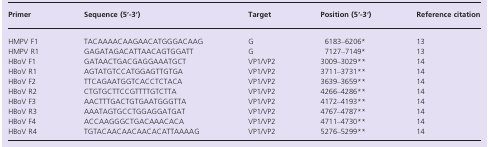
<table><thead><tr><td><b>Primer</b></td><td><b>Sequence (5′-3′)</b></td><td><b>Target</b></td><td><b>Position (5′-3′)</b></td><td><b>Reference citation</b></td></tr></thead><tbody><tr><td>HMPV F1</td><td>TACAAAACAAGAACATGGGACAAG</td><td>G</td><td>6183–6206*</td><td>13</td></tr><tr><td>HMPV R1</td><td>GAGATAGACATTAACAGTGGATT</td><td>G</td><td>7127–7149*</td><td>13</td></tr><tr><td>HBoV F1</td><td>GATAACTGACGAGGAAATGCT</td><td>VP1/VP2</td><td>3009–3029**</td><td>14</td></tr><tr><td>HBoV R1</td><td>AGTATGTCCATGGAGTTGTGA</td><td>VP1/VP2</td><td>3711–3731**</td><td>14</td></tr><tr><td>HBoV F2</td><td>TTCAGAATGGTCACCTCTACA</td><td>VP1/VP2</td><td>3639–3659**</td><td>14</td></tr><tr><td>HBoV R2</td><td>CTGTGCTTCCGTTTTGTCTTA</td><td>VP1/VP2</td><td>4266–4286**</td><td>14</td></tr><tr><td>HBoV F3</td><td>AACTTTGACTGTGAATGGGTTA</td><td>VP1/VP2</td><td>4172–4193**</td><td>14</td></tr><tr><td>HBoV R3</td><td>AAATAGTGCCTGGAGGATGAT</td><td>VP1/VP2</td><td>4767–4787**</td><td>14</td></tr><tr><td>HBoV F4</td><td>ACCAAGGGCTGACAAACACA</td><td>VP1/VP2</td><td>4711–4730**</td><td>14</td></tr><tr><td>HBoV R4</td><td>TGTACAACAACAACACATTAAAAG</td><td>VP1/VP2</td><td>5276–5299**</td><td>14</td></tr></tbody></table>